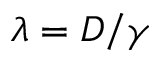
\lambda = D / \gamma